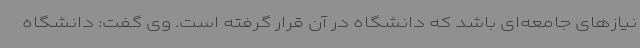
نیازهای جامعه‌ای باشد که دانشگاه در آن قرار گرفته است. وی گفت: دانشگاه